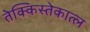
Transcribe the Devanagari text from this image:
तेक्किस्तेकात्ल